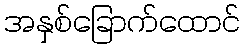
အနှစ်ခြောက်ထောင်